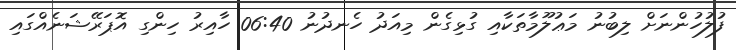
ފުލުހުންނަށް ލިބުނު މަޢުލޫމާތަކާއި ގުޅިގެން މިއަދު ހެނދުނު 06:40 ހާއިރު ހިންގި އޮޕަރޭޝަނެއްގައި